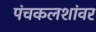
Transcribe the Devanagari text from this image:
पंचकलशांवर